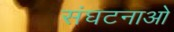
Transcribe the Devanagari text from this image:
संघटनाओ